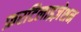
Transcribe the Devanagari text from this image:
फ़रटिलाइज़ेशन